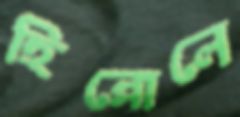
হিল্লোলে